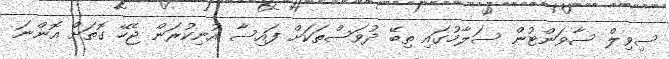
ސިވިލް ސާވަންޓުން ސަލާމުގައި ތިބޭ ދުވަސްތަކަށް ފައިސާ އުނިކުރަން ޖެހޭ ގޮތަށް އޮންނަ